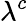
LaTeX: \lambda^{c}